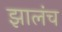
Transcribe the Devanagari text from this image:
झालंच